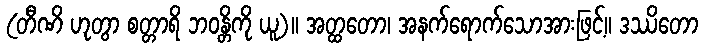
(တီဏိ ဟုတွာ စတ္တာရိ ဘဝန္တိကို ယူ)။ အတ္ထတော၊ အနက်ရောက်သောအားဖြင့်။ ဒဿိတော